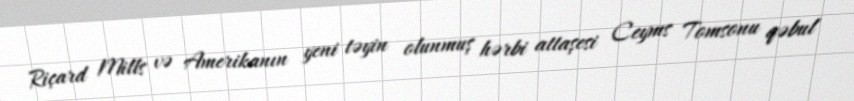
Riçard Mills və Amerikanın yeni təyin olunmuş hərbi attaşesi Ceyms Tomsonu qəbul